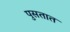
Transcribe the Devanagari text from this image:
पुसतात